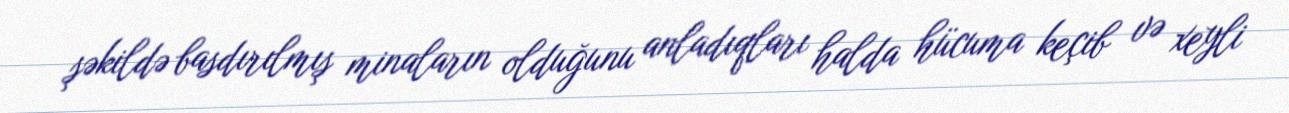
şəkildə basdırılmış minaların olduğunu anladıqları halda hücuma keçib və xeyli